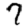
Digit: 7